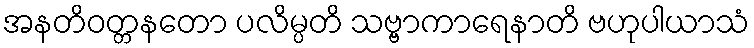
အနတိဝတ္တနတော ပလိမ္ပတိ သဗ္ဗာကာရေနာတိ ဗဟုပါယာသံ